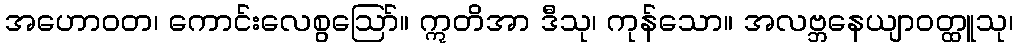
အဟောဝတ၊ ကောင်းလေစွဩော်။ ဣတိအာ ဒီသု၊ ကုန်သော။ အလဗ္ဘနေယျာဝတ္ထူသု၊